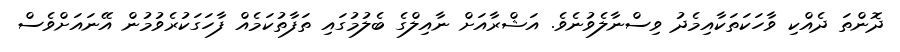
ދޮންތަ ދެއްކި ވާހަކަތަކާއިމެދު ވިސްނާލެވުނެވެ. އަޝްރާއަށް ނާއިލްގެ ބެލުމުގައި ތަފާތުކަމެއް ފާހަގަކުރެވުމުން އޭނައަށްވެސް